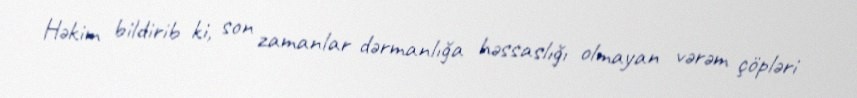
Həkim bildirib ki, son zamanlar dərmanlığa həssaslığı olmayan vərəm çöpləri